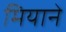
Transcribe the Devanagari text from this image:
मियाने